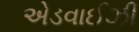
એડવાઈઝી